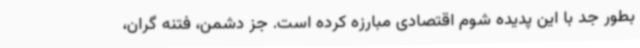
بطور جد با این پدیده شوم اقتصادی مبارزه کرده است. جز دشمن، فتنه گران،